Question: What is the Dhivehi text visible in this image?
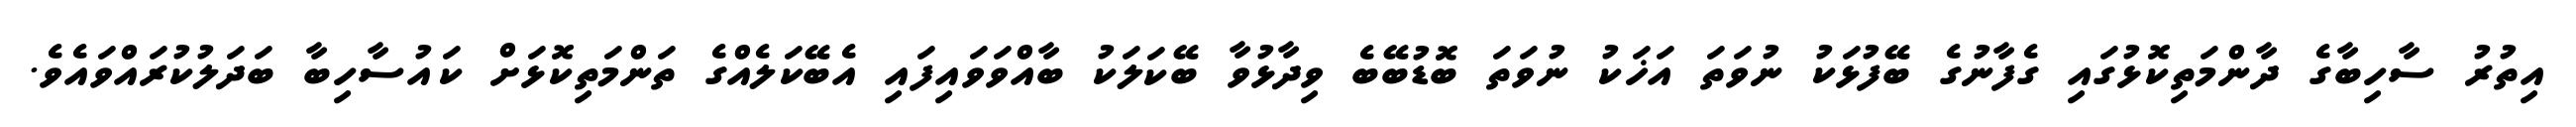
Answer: އިތުރު ސާހިބާގެ ދާންމަތިކޮޅުގައި ގެފާނުގެ ބޭފުޅަކު ނުވަތަ އަޚަކު ނުވަތަ ބޮޑުބޭބެ ވިދާޅުވާ ބޭކަލަކު ބާއްވަވައިފައި އެބޭކަލެއްގެ ތަންމަތިކޮޅަށް ކައުސާހިބާ ބަދަލުކުރައްވައެވެ.